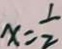
x = \frac { 1 } { 2 }